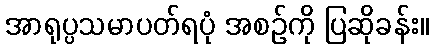
အာရုပ္ပသမာပတ်ရပုံ အစဉ်ကို ပြဆိုခန်း။